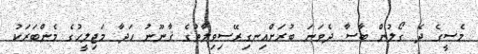
މެސީގެ ދެ ގޯލުން ބާސާ ދެވަނަ ބުރަށްއިނގިރޭސިވިލާތުގެ ޤާނޫނު ހަދާ މަޖިލީހުގެ މެންބަރަކު